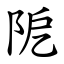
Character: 阸